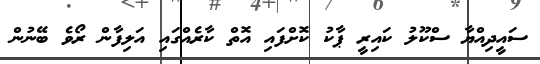
ސައީދިއްޔާ ސްކޫލު ކައިރީ ޕާކު ކޮށްފައި އޮތް ކާރެއްގައި އަލިފާން ރޯވެ ބޭނުން